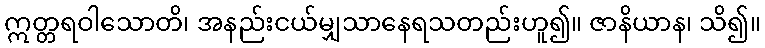
ဣတ္တရဝါသောတိ၊ အနည်းငယ်မျှသာနေရသတည်းဟူ၍။ ဇာနိယာန၊ သိ၍။